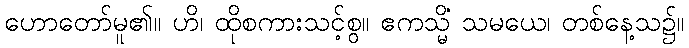
ဟောတော်မူ၏။ ဟိ၊ ထိုစကားသင့်စွ။ ဧကသ္မိံ သမယေ၊ တစ်နေ့သ၌။